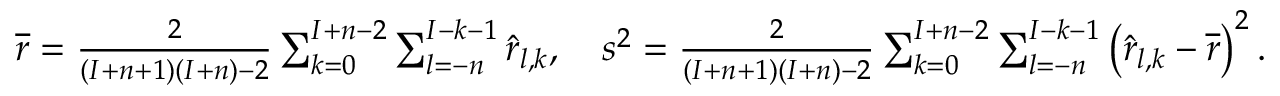
\begin{array} { r } { \overline { { r } } = \frac { 2 } { ( I + n + 1 ) ( I + n ) - 2 } \sum _ { k = 0 } ^ { I + n - 2 } \sum _ { l = - n } ^ { I - k - 1 } \widehat r _ { l , k } , \quad s ^ { 2 } = \frac { 2 } { ( I + n + 1 ) ( I + n ) - 2 } \sum _ { k = 0 } ^ { I + n - 2 } \sum _ { l = - n } ^ { I - k - 1 } \left( \widehat r _ { l , k } - \overline { { r } } \right) ^ { 2 } . } \end{array}